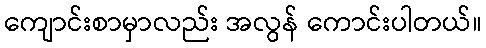
ကျောင်းစာမှာလည်း အလွန် ကောင်းပါတယ်။